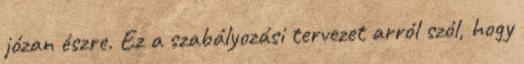
józan észre. Ez a szabályozási tervezet arról szól, hogy